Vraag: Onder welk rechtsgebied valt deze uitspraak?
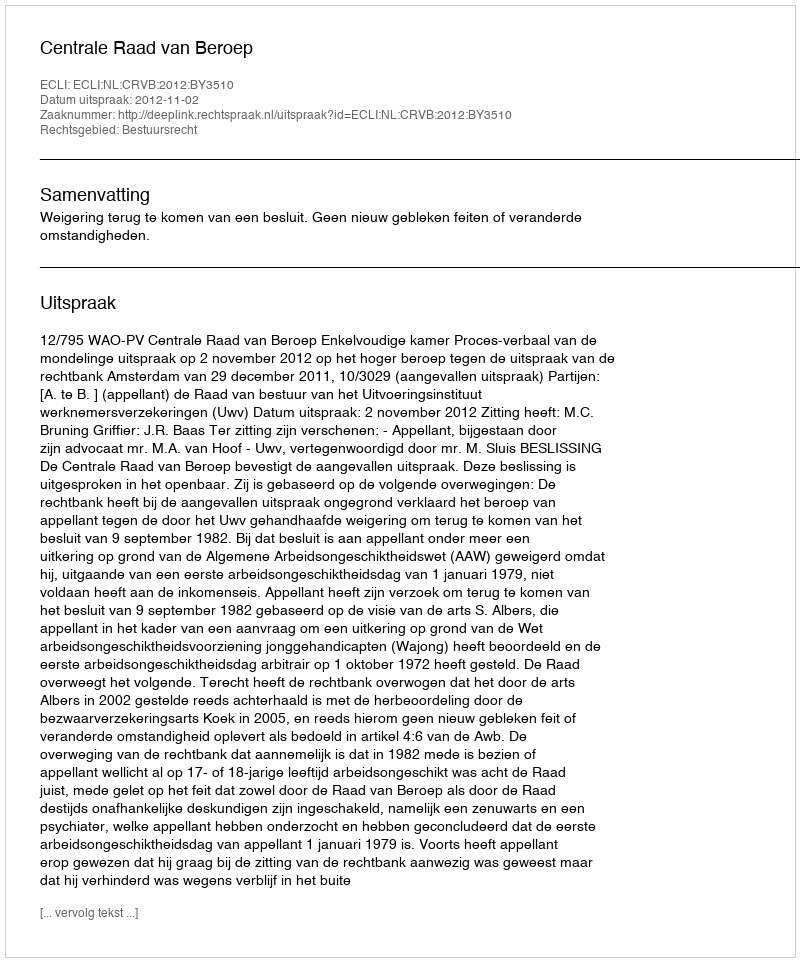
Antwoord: Bestuursrecht